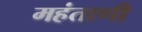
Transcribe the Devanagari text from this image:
महंताणी